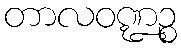
တာလဝဏ္ဍဉ္စ